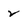
Character: 2